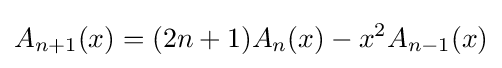
A_{n+1}(x)=(2n+1)A_{n}(x)-x^{2}A_{n-1}(x)